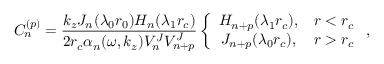
C _ { n } ^ { ( p ) } = \frac { k _ { z } J _ { n } ( \lambda _ { 0 } r _ { 0 } ) H _ { n } ( \lambda _ { 1 } r _ { c } ) } { 2 r _ { c } \alpha _ { n } ( \omega , k _ { z } ) V _ { n } ^ { J } V _ { n + p } ^ { J } } \left\{ \begin{array} { c c } { H _ { n + p } ( \lambda _ { 1 } r _ { c } ) , } & { r < r _ { c } } \\ { J _ { n + p } ( \lambda _ { 0 } r _ { c } ) , } & { r > r _ { c } } \end{array} \right. ,